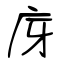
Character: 庌